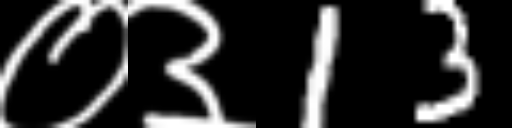
Text: ०३13